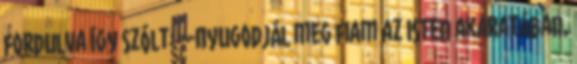
fordulva így szólt: --Nyugodjál meg fiam az Isten akaratában,